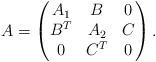
LaTeX: \begin{align*} A=\begin{pmatrix}A_1 & B & 0\\ B^{T} & A_2 & C \\ 0 & C^{T} & 0 \end{pmatrix}.\end{align*}